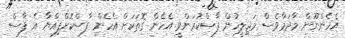
އެހެންނޫން މާދަމާވެސް މަޖިލީހުން ފާސްކުރަންވީ އެހެން ގޮތަކަށް އެހެން ފާސްކޮށްފިއްޔާ އެ ފާސް